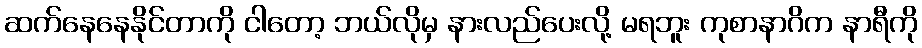
ဆက်နေနေနိုင်တာကို ငါတော့ ဘယ်လိုမှ နားလည်ပေးလို့ မရဘူး ကုစာနာဂိက နာရီကို